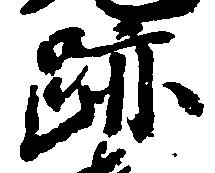
跡